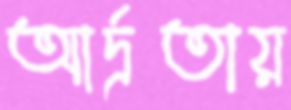
আর্দ্রতায়